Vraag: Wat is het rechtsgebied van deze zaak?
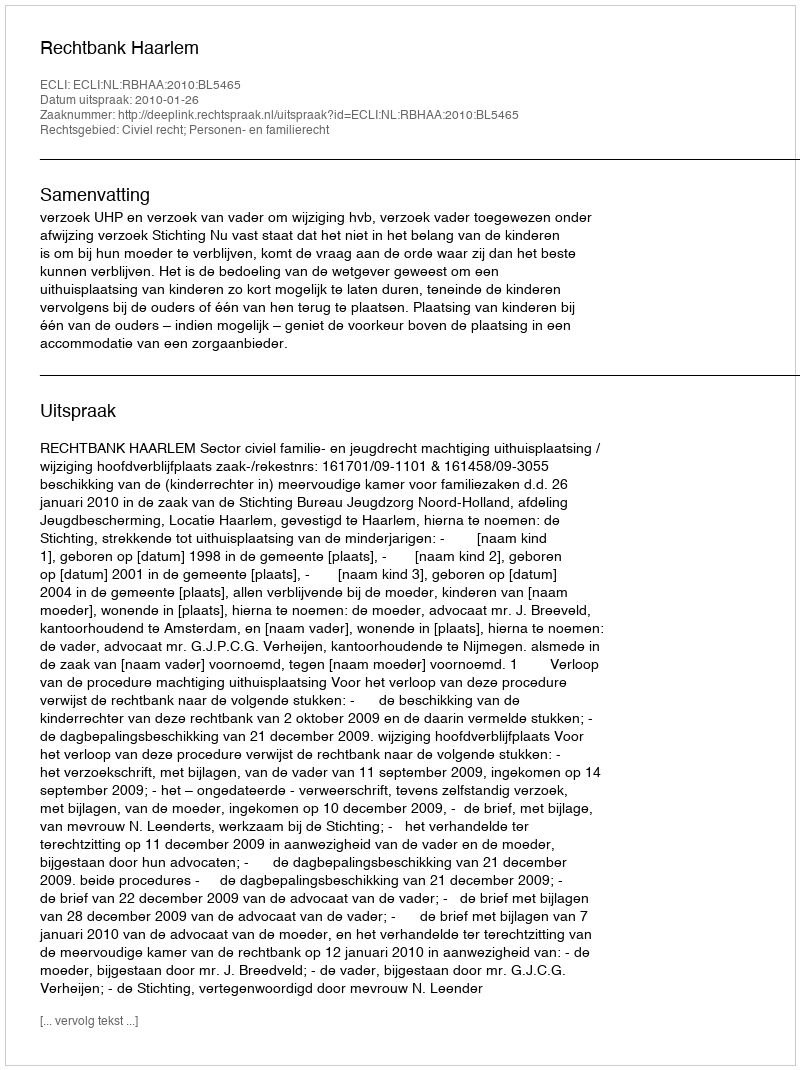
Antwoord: Civiel recht; Personen- en familierecht